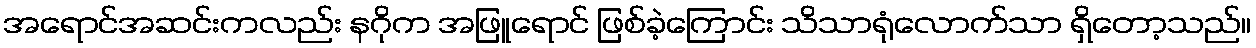
အရောင်အဆင်းကလည်း နဂိုက အဖြူရောင် ဖြစ်ခဲ့ကြောင်း သိသာရုံလောက်သာ ရှိတော့သည်။